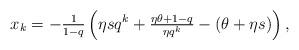
LaTeX: \begin{align*} x_k=-\tfrac{1}{1-q}\left(\eta s q^k+\tfrac{\eta\theta+1-q}{\eta q^k}-(\theta+\eta s)\right), \end{align*}